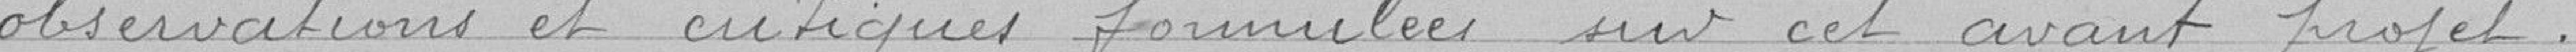
observations et critiques formulées sur cet avant projet.